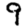
Digit: 9